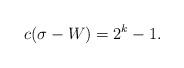
LaTeX: \begin{align*}c(\sigma-W)=2^k-1.\end{align*}